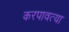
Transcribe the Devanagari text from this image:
करपावत्या